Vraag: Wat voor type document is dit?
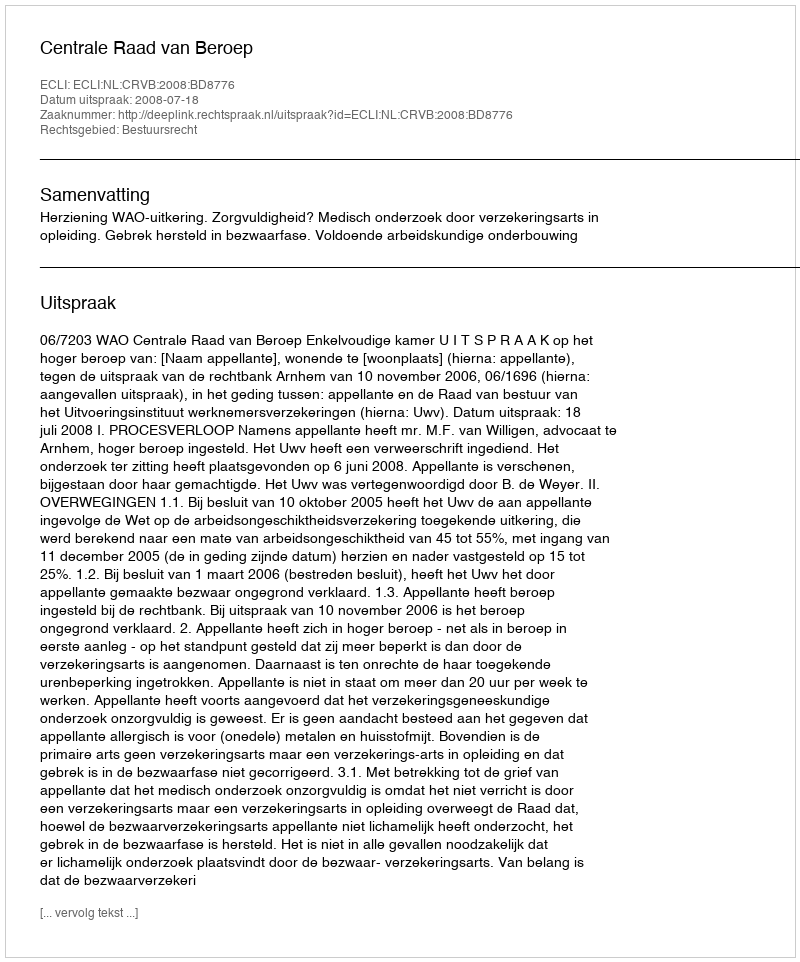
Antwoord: Uitspraak